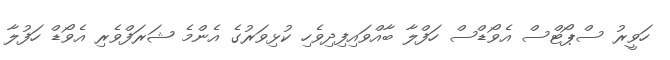
ހަވީރު ސްޕޯޓްސް އެވޯޑްސް ހަފްލާ ބާއްވައިފިދިވެހި ކުޅިވަރުގެ އެންމެ ޝަރަފްވެރި އެވޯޑް ހަފުލާ